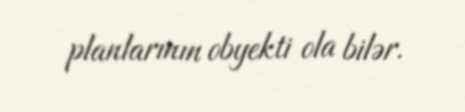
planlarının obyekti ola bilər.